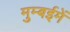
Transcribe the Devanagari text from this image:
मुम्बईमें